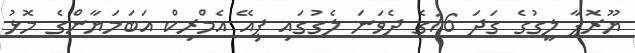
ޔޫރޮޕާ ލީގުގެ ގަދަ 16ގެ ދެވަނަ ލެގުގައި ޕިއޭ އެމްރިކް އަބަމަޔާންގެ މޮޅު